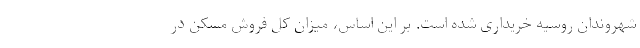
شهروندان روسیه خریداری شده است. بر این اساس، میزان کل فروش مسکن در